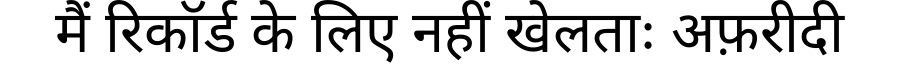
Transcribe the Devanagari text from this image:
मैं रिकॉर्ड के लिए नहीं खेलताः अफ़रीदी